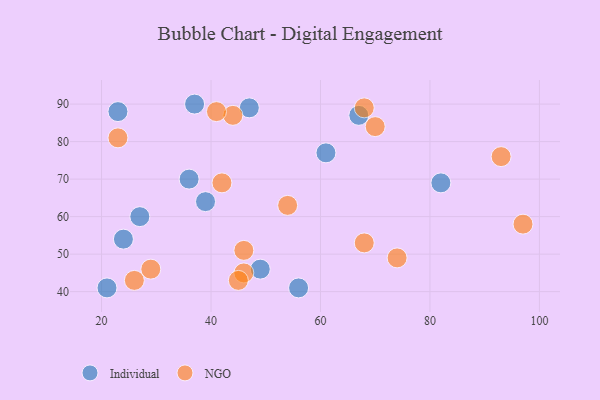
{"axis": {"x": "GDP", "y": "Life Expectancy"}, "legend": ["Individual", "NGO"], "data": [{"x": "47", "y": 89, "type": "Individual"}, {"x": "36", "y": 70, "type": "Individual"}, {"x": "82", "y": 69, "type": "Individual"}, {"x": "39", "y": 64, "type": "Individual"}, {"x": "21", "y": 41, "type": "Individual"}, {"x": "49", "y": 46, "type": "Individual"}, {"x": "23", "y": 88, "type": "Individual"}, {"x": "37", "y": 90, "type": "Individual"}, {"x": "27", "y": 60, "type": "Individual"}, {"x": "61", "y": 77, "type": "Individual"}, {"x": "56", "y": 41, "type": "Individual"}, {"x": "67", "y": 87, "type": "Individual"}, {"x": "24", "y": 54, "type": "Individual"}, {"x": "44", "y": 87, "type": "NGO"}, {"x": "68", "y": 53, "type": "NGO"}, {"x": "46", "y": 45, "type": "NGO"}, {"x": "29", "y": 46, "type": "NGO"}, {"x": "68", "y": 89, "type": "NGO"}, {"x": "70", "y": 84, "type": "NGO"}, {"x": "26", "y": 43, "type": "NGO"}, {"x": "74", "y": 49, "type": "NGO"}, {"x": "93", "y": 76, "type": "NGO"}, {"x": "41", "y": 88, "type": "NGO"}, {"x": "97", "y": 58, "type": "NGO"}, {"x": "54", "y": 63, "type": "NGO"}, {"x": "23", "y": 81, "type": "NGO"}, {"x": "46", "y": 51, "type": "NGO"}, {"x": "45", "y": 43, "type": "NGO"}, {"x": "42", "y": 69, "type": "NGO"}]}